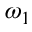
\omega _ { 1 }